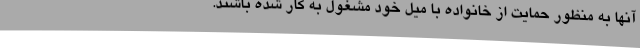
آنها به منظور حمایت از خانواده با میل خود مشغول به کار شده باشند.